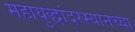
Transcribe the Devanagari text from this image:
महायुद्धांदरम्यानच्या